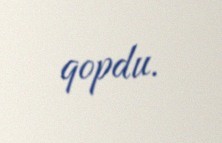
qopdu.